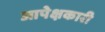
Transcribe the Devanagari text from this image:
आपेक्षकारी